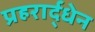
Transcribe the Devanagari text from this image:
प्रहरार्द्धेन